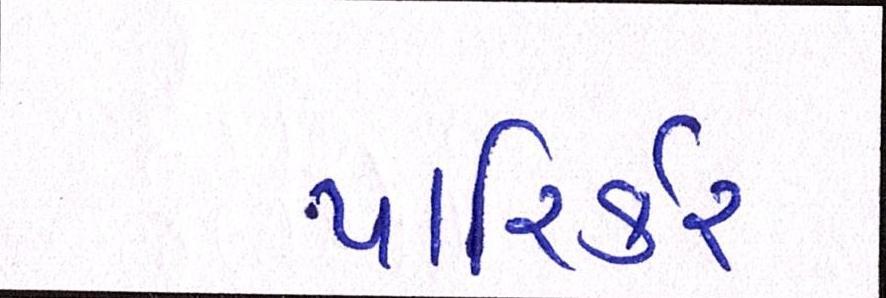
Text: પારિર્કર